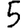
Digit: 5